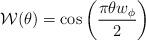
LaTeX: \begin{align*}{\cal W}(\theta) = \cos\left(\frac{\pi\theta w_\phi}{2}\right)\end{align*}